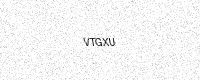
Text: VTGXU